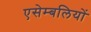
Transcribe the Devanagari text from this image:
एसेम्बलियों